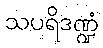
သပရိဒဏ္ဍံ